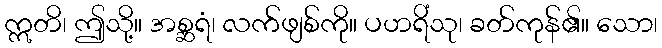
ဣတိ၊ ဤသို့။ အစ္ဆရံ၊ လက်ဖျစ်ကို။ ပဟရိံသု၊ ခတ်ကုန်၏။ သော၊